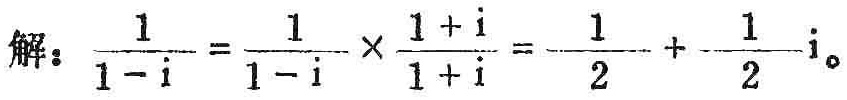
解：$\frac{1}{1 - i} = \frac{1}{1 - i} \times \frac{1 + i}{1 + i} = \frac{1}{2} + \frac{1}{2}i$。